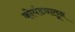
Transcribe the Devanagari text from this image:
कोयंड्यातून